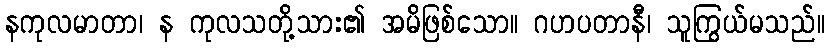
နကုလမာတာ၊ န ကုလသတို့သား၏ အမိဖြစ်သော။ ဂဟပတာနီ၊ သူကြွယ်မသည်။